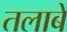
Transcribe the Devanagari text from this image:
तलाबे